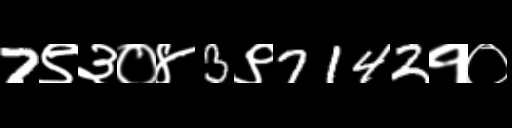
Text: 7९३०४3९7142१०